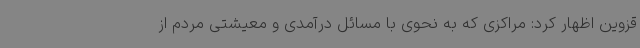
قزوین اظهار کرد: مراکزی که به نحوی با مسائل درآمدی و معیشتی مردم از